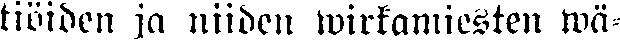
tiöiden ja niiden wirkamiesten wä-